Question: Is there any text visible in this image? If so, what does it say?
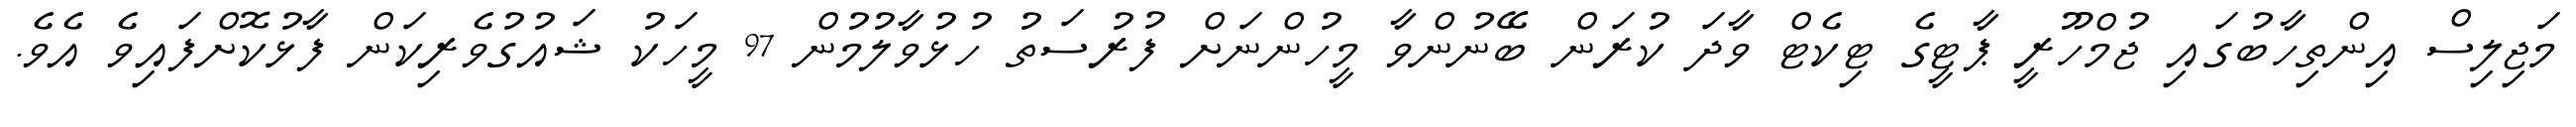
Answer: މަޖިލިސް އިންތިހާބުގައި ޖުމްހޫރީ ޕާޓީގެ ޓިކެޓް ވާދަ ކުރަން ބޭނުންވާ މީހުންނަށް ފުރުސަތު ހުޅުވާލުމުން 97 މީހަކު ޝައުގުވެރިކަން ފާޅުކޮށްފައިވެ އެވެ.